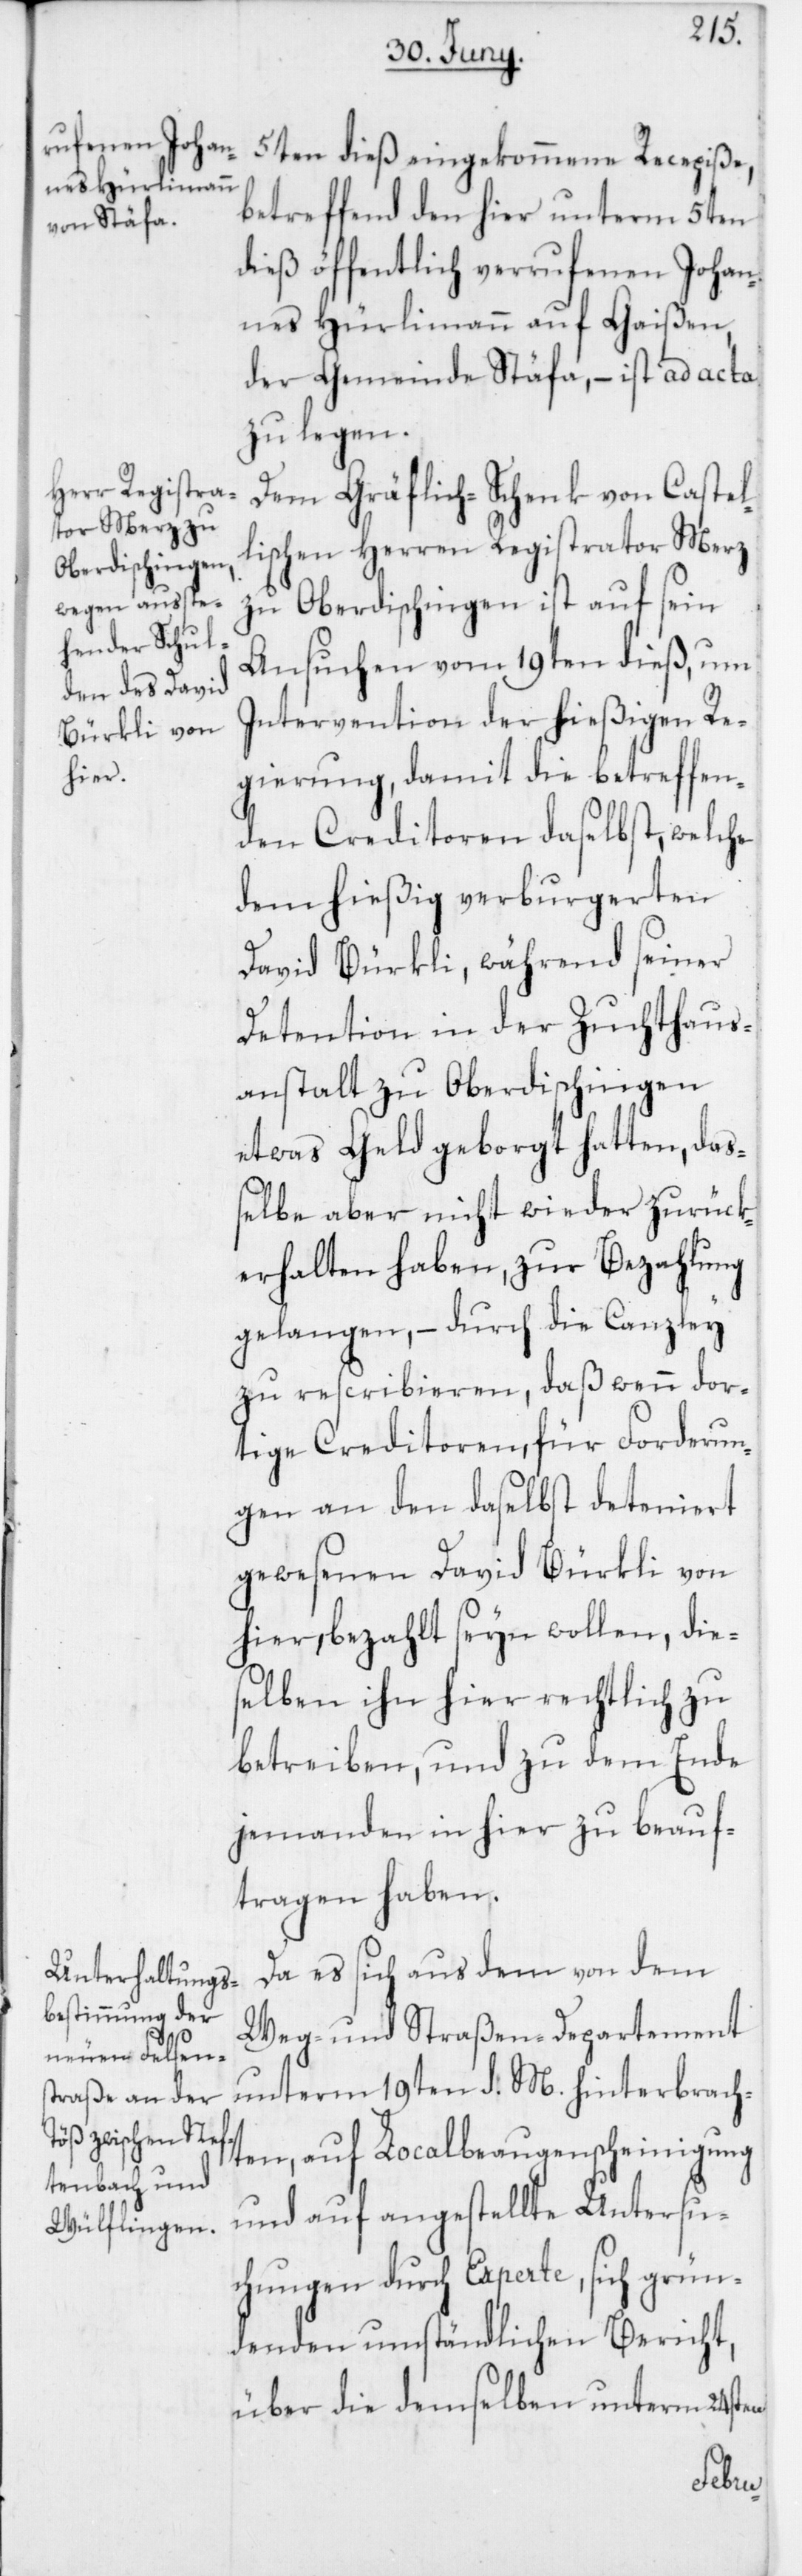
5ten dieß eingekommene Recepiße,
betreffend den hier unterm 5ten
dieß öffentlich verrufenen Johan¬
nes Hürlimann auf Gaißen
der Gemeinde Stäfa, – ist ad acta
zu legen.
Dem Gräflich-Schenk von Castel¬
lischen Herren Registrathor Merz
zu Oberdischingen ist auf sein
Ansuchen vom 19ten dieß, um
Intervention der hießigen Re¬
gierung, damit die betreffen¬
den Creditoren daselbst, welche
dem hießig verburgerten
David Bürkli, während seiner
Detention in der Zuchthaus¬
anstalt zu Oberdischingen
etwas Geld geborgt hatten, daß¬
elbe aber nicht wieder zurück¬
erhalten haben, zur Bezahlung
gelangen, – durch die Canzley
zu rescribieren, daß wenn dor¬
tige Creditoren, für Forderun¬
gen an den daselbst deteniert
gewesenen David Bürkli von
hier, bezahlt seyn wollen, die¬
selben ihn hier rechtlich zu
betreiben, und zu dem Ende
jemanden in hier zu beauf¬
tragen haben.
Da es sich aus dem von dem
Weg- und Straßen-Departement
unterm 19ten d. M. hinterbrach¬
ten, auf Localbeaugenscheinigung
und auf angestellte Untersu¬
chungen durch Experte, sich grün¬
denden umständlichen Bericht,
über die demselben unterm 24sten